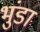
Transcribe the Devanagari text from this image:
भुंडा